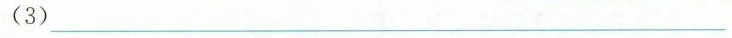
(3)___